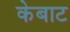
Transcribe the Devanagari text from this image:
केबाट